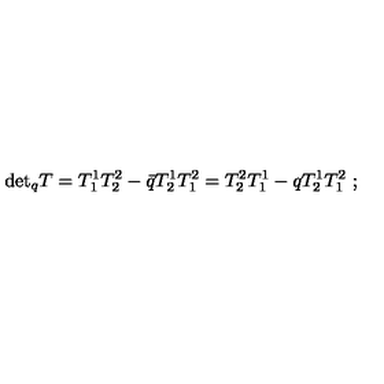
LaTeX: \mathrm { d e t } _ { q } T = T _ { 1 } ^ { 1 } T _ { 2 } ^ { 2 } - \bar { q } T _ { 2 } ^ { 1 } T _ { 1 } ^ { 2 } = T _ { 2 } ^ { 2 } T _ { 1 } ^ { 1 } - q T _ { 2 } ^ { 1 } T _ { 1 } ^ { 2 } \ ;